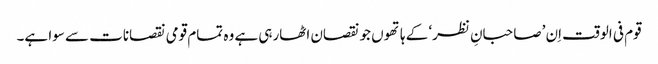
قوم فی الوقت اِن ’صاحبانِ نظر‘ کے ہاتھوں جو نقصان اٹھارہی ہے وہ تمام قومی نقصانات سے سوا ہے۔